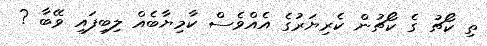
ތި ކޯޗު ގެ ކޯޗުން ކެރިޔަރުގެ އެއްވެސް ކާމިޔާބެއް ލިބިފައި ވޭބާ ?